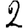
Digit: 2